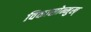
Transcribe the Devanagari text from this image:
विकासोन्मुख्